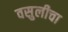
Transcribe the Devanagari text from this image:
वसुलीचा